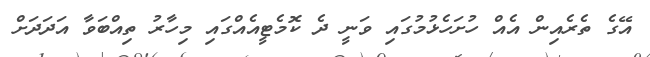
އޭގެ ތެރެއިން އެއް ހުށަހެޅުމުގައި ވަނީ ދެ ކޮމެޓީއެއްގައި މިހާރު ތިއްބަވާ އަދަދަށް